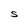
Character: S